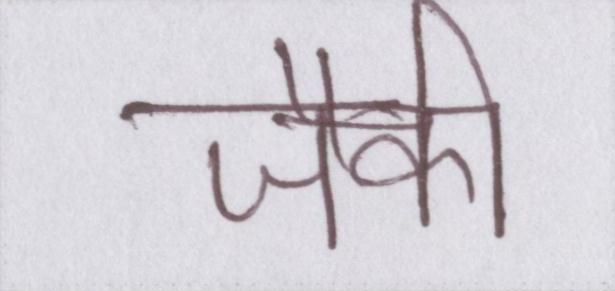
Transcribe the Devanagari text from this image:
जैकी